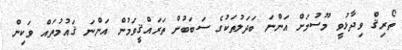
ތޯރިޤް ވިދާޅުވީ މޫސުމަށް އަންނަ ބަދަލުތަކުގެ ސަބަބުން ތަރައްޤީވަމުން އަންނަ ޤައުމުތައް ވަކިން